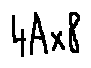
4 A \times 8